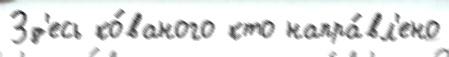
Зд'есь ко́ваного кто напра́вл'ено